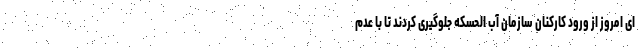
ای امروز از ورود کارکنان سازمان آب الحسکه جلوگیری کردند تا با عدم